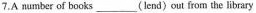
7.A mumber of books ___ (lend)out from the library